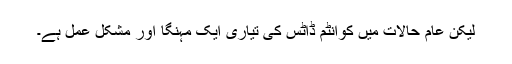
لیکن عام حالات میں کوانٹم ڈاٹس کی تیاری ایک مہنگا اور مشکل عمل ہے۔